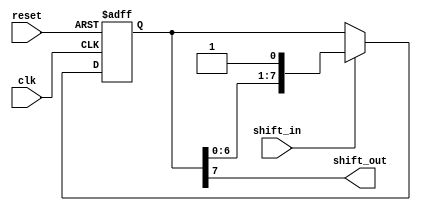
module SISO_shift_register (
    input clk,
    input reset,
    input shift_in,
    output reg shift_out
);

reg [7:0] data_reg;

always @(posedge clk or posedge reset) begin
    if (reset) begin
        data_reg <= 8'b0;
    end else begin
        if (shift_in) begin
            data_reg <= {data_reg[6:0], shift_in};
        end
    end
end

assign shift_out = data_reg[7];

endmodule